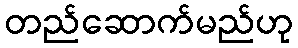
တည်ဆောက်မည်ဟု